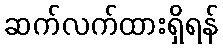
ဆက်လက်ထားရှိရန်